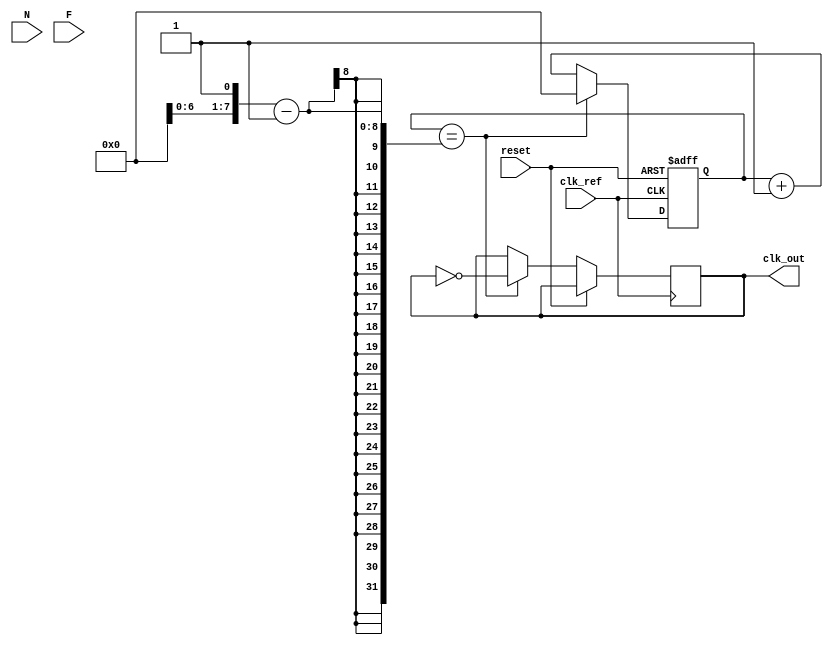
module frac_n_pll (
    input wire clk_ref,          // Reference clock input
    input wire reset,            // Reset signal
    input wire [N_WIDTH-1:0] N,  // Integer division value
    input wire [F_WIDTH-1:0] F,  // Fractional division value
    output wire clk_out          // Output clock
);

// Parameters
parameter N_WIDTH = 8;         // Width of N
parameter F_WIDTH = 8;         // Width of fractional part
parameter VCO_MAX_FREQ = 1000; // Max VCO frequency in MHz
parameter VCO_MIN_FREQ = 100;   // Min VCO frequency in MHz

// Internal signals
reg [N_WIDTH-1:0] N_reg;
reg [F_WIDTH-1:0] F_reg;
reg [31:0] vco_freq;           // VCO frequency
reg [31:0] feedback_freq;      // Feedback frequency
wire error_signal;             // Error signal from Phase Detector
wire control_voltage;          // Control voltage from Loop Filter

// Phase Detector
always @(posedge clk_ref or posedge reset) begin
    if (reset) begin
        // Reset logic
        feedback_freq <= 0;
    end else begin
        // Phase detection logic (simplified)
        feedback_freq <= vco_freq / N_reg; // Feedback frequency
        error_signal <= feedback_freq - clk_ref; // Error signal
    end
end

// Loop Filter (Simple first-order filter)
always @(posedge clk_ref or posedge reset) begin
    if (reset) begin
        control_voltage <= 0;
    end else begin
        control_voltage <= control_voltage + error_signal; // Integrate error signal
    end
end

// Voltage-Controlled Oscillator (VCO)
always @(posedge clk_ref or posedge reset) begin
    if (reset) begin
        vco_freq <= VCO_MIN_FREQ; // Initialize VCO frequency
    end else begin
        // Adjust VCO frequency based on control voltage
        vco_freq <= control_voltage; // Simplified control logic
        if (vco_freq > VCO_MAX_FREQ) begin
            vco_freq <= VCO_MAX_FREQ; // Limit VCO frequency
        end else if (vco_freq < VCO_MIN_FREQ) begin
            vco_freq <= VCO_MIN_FREQ; // Limit VCO frequency
        end
    end
end

// Frequency Divider (N Divider)
reg [N_WIDTH-1:0] counter;
always @(posedge clk_ref or posedge reset) begin
    if (reset) begin
        counter <= 0;
    end else begin
        if (counter == N_reg - 1) begin
            counter <= 0;
            clk_out <= ~clk_out; // Toggle output clock
        end else begin
            counter <= counter + 1;
        end
    end
end

// Fractional Divider (simplified)
always @(posedge clk_ref or posedge reset) begin
    if (reset) begin
        // Reset logic for fractional divider
    end else begin
        // Implement fractional division logic here
    end
end

endmodule